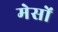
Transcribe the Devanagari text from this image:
मेसों